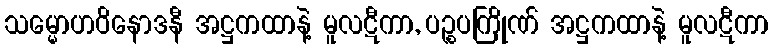
သမ္မောဟဝိနောဒနီ အဋ္ဌကထာနဲ့ မူလဋီကာ, ပဉ္စပကြိုဏ် အဋ္ဌကထာနဲ့ မူလဋီကာ